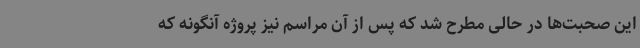
این صحبت‌ها در حالی مطرح شد که پس از آن مراسم نیز پروژه آنگونه که